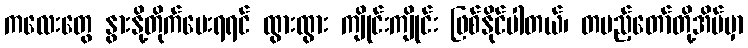
ကလေးတွေ နွားနို့တိုက်ပေးရရင် ထွားထွား ကျိုင်းကျိုင်း ဖြစ်နိုင်ပါတယ်၊ တပည့်တော်တို့အိမ်မှာ